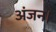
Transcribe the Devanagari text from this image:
अंजन।